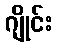
ဂျိုင်း